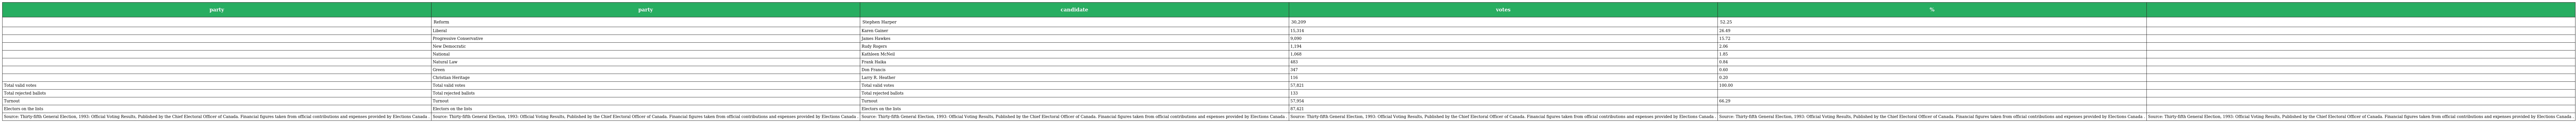
| party | party | candidate | votes | % |  |
 | --- | --- | --- | --- | --- | --- |
 |  | Reform | Stephen Harper | 30,209 | 52.25 |  |
 |  | Liberal | Karen Gainer | 15,314 | 26.49 |  |
 |  | Progressive Conservative | James Hawkes | 9,090 | 15.72 |  |
 |  | New Democratic | Rudy Rogers | 1,194 | 2.06 |  |
 |  | National | Kathleen McNeil | 1,068 | 1.85 |  |
 |  | Natural Law | Frank Haika | 483 | 0.84 |  |
 |  | Green | Don Francis | 347 | 0.60 |  |
 |  | Christian Heritage | Larry R. Heather | 116 | 0.20 |  |
 | Total valid votes | Total valid votes | Total valid votes | 57,821 | 100.00 |  |
 | Total rejected ballots | Total rejected ballots | Total rejected ballots | 133 |  |  |
 | Turnout | Turnout | Turnout | 57,954 | 66.29 |  |
 | Electors on the lists | Electors on the lists | Electors on the lists | 87,421 |  |  |
 | Source: Thirty-fifth General Election, 1993: Official Voting Results, Published by the Chief Electoral Officer of Canada. Financial figures taken from official contributions and expenses provided by Elections Canada . | Source: Thirty-fifth General Election, 1993: Official Voting Results, Published by the Chief Electoral Officer of Canada. Financial figures taken from official contributions and expenses provided by Elections Canada . | Source: Thirty-fifth General Election, 1993: Official Voting Results, Published by the Chief Electoral Officer of Canada. Financial figures taken from official contributions and expenses provided by Elections Canada . | Source: Thirty-fifth General Election, 1993: Official Voting Results, Published by the Chief Electoral Officer of Canada. Financial figures taken from official contributions and expenses provided by Elections Canada . | Source: Thirty-fifth General Election, 1993: Official Voting Results, Published by the Chief Electoral Officer of Canada. Financial figures taken from official contributions and expenses provided by Elections Canada . | Source: Thirty-fifth General Election, 1993: Official Voting Results, Published by the Chief Electoral Officer of Canada. Financial figures taken from official contributions and expenses provided by Elections Canada . |